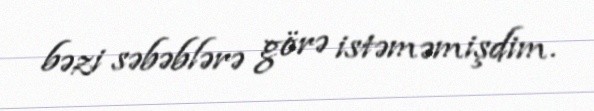
bəzi səbəblərə görə istəməmişdim.